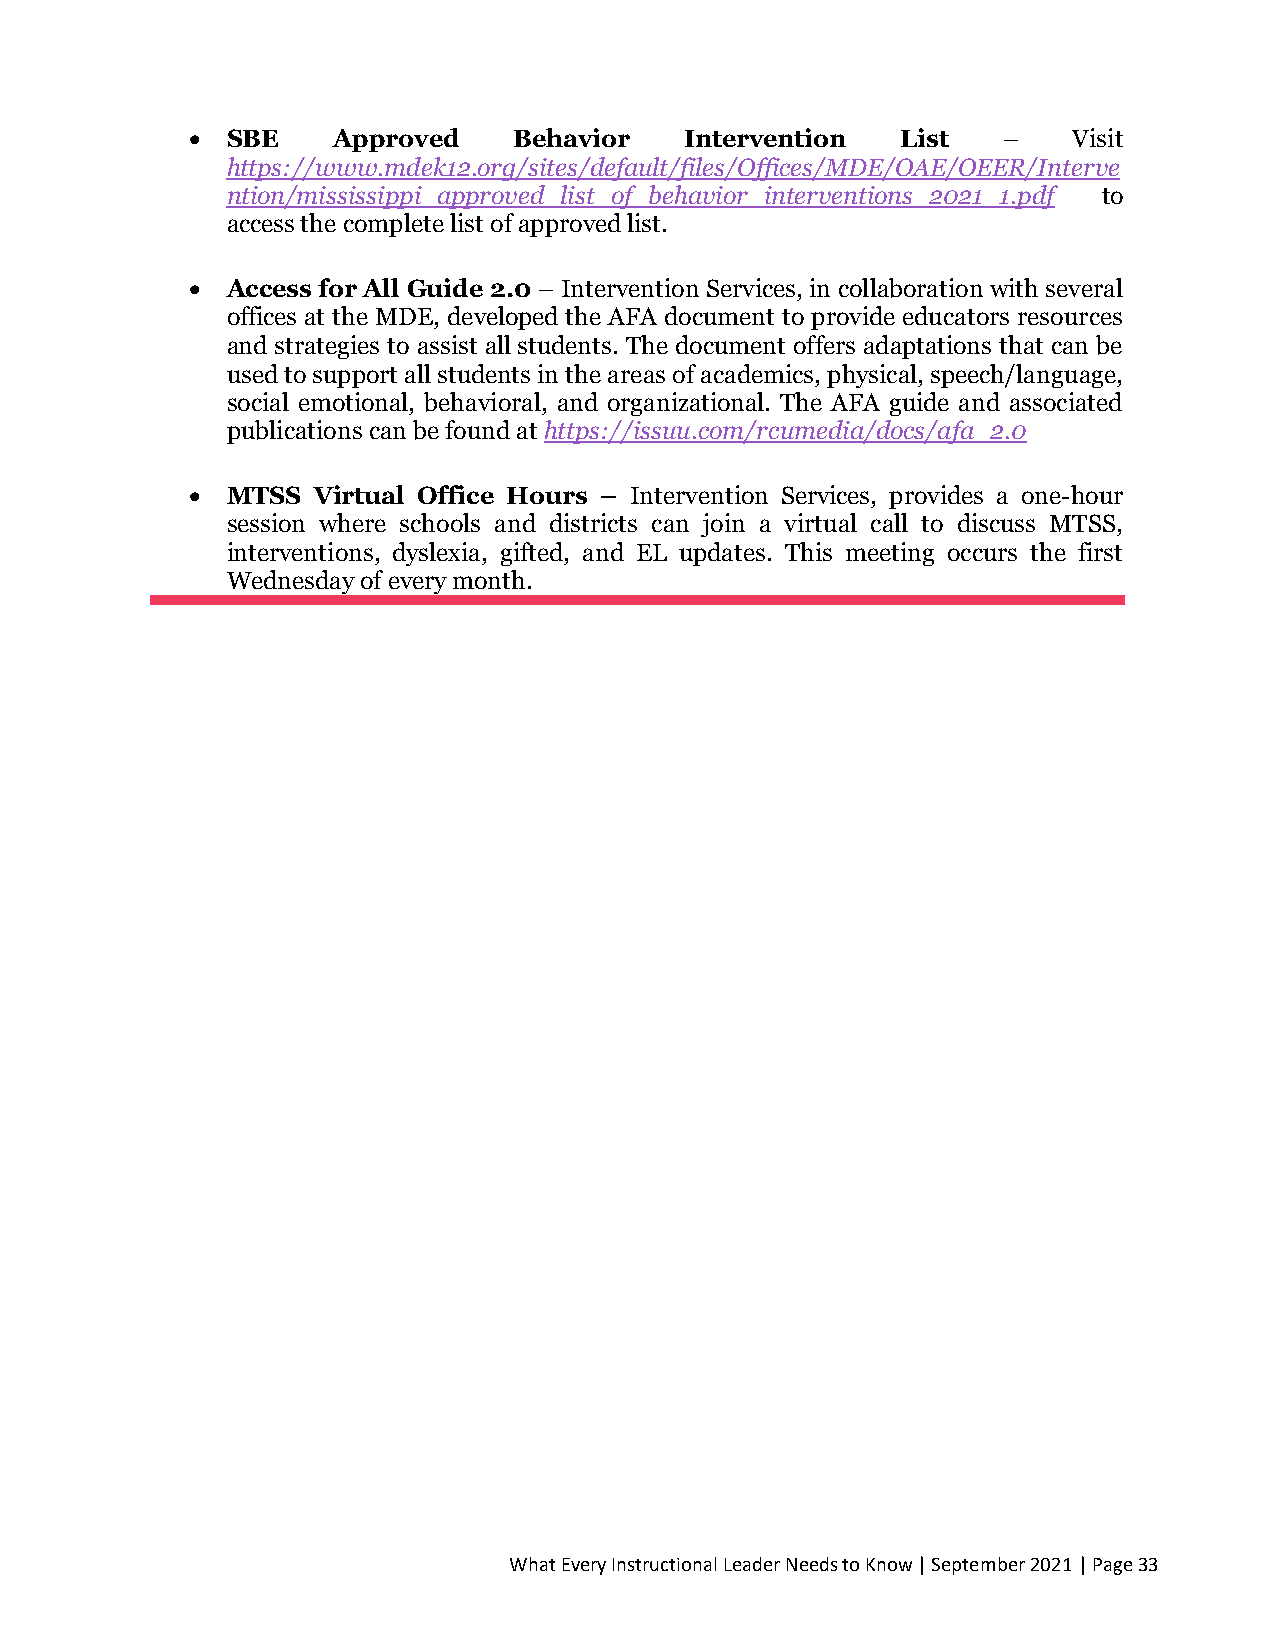
• SBE    Approved    Behavior   Intervention   List  –    Visit
 https://www.mdek12.org/sites/default/files/Offices/MDE/OAE/OEER/Interve
 ntion/mississippi_approved_list_of_behavior_interventions_2021_1.pdf to
 access the complete list of approved list.
 • Access for All Guide 2.0 – Intervention Services, in collaboration with several
 offices at the MDE, developed the AFA document to provide educators resources
 and strategies to assist all students. The document offers adaptations that can be
 used to support all students in the areas of academics, physical, speech/language,
 social emotional, behavioral, and organizational. The AFA guide and associated
 publications can be found at https://issuu.com/rcumedia/docs/afa_2.0
 • MTSS  Virtual Office Hours – Intervention Services, provides a one-hour
 session where schools and districts can join a virtual call to discuss MTSS,
 interventions, dyslexia, gifted, and EL updates. This meeting occurs the first
 Wednesday of every month.
 What Every Instructional Leader Needs to Know | September 2021 | Page 33